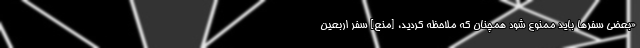
«بعضی سفرها باید ممنوع شود همچنان که ملاحظه کردید، [منع] سفر اربعین